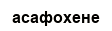
асафохене